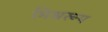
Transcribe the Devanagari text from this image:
मिश्ररूप